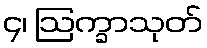
၄၊ ဩက္ခာသုတ်